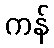
ကန်